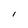
Character: l